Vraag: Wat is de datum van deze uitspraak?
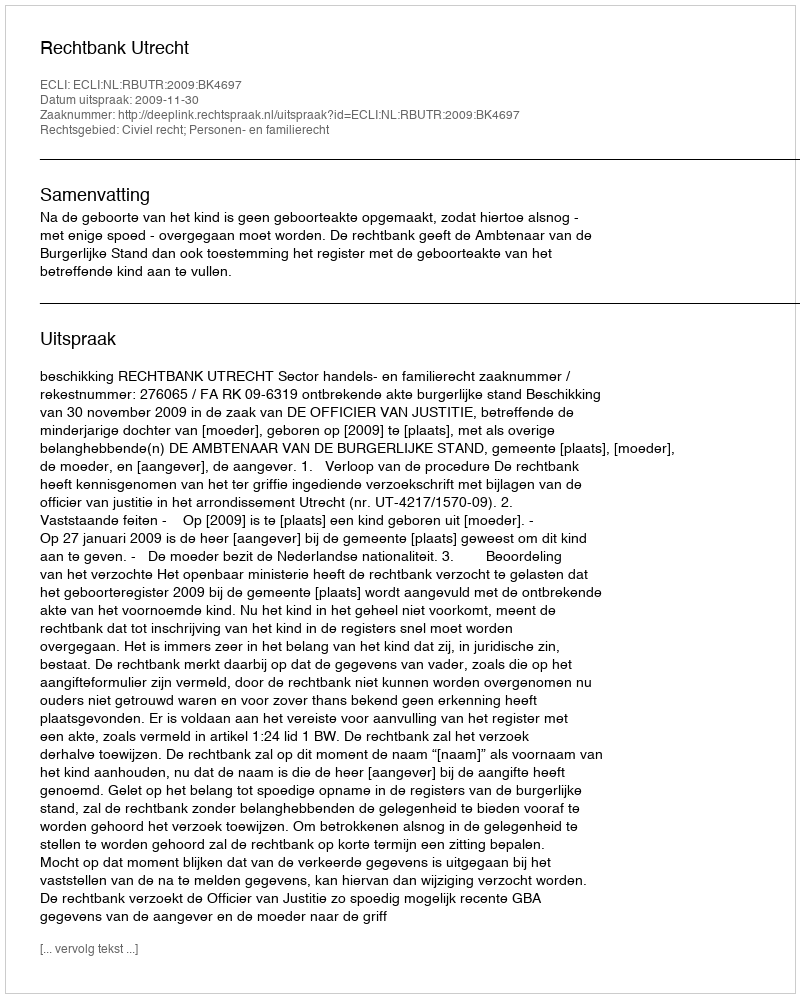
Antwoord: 2009-11-30